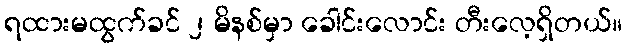
ရထားမထွက်ခင် ၂ မိနစ်မှာ ခေါင်းလောင်း တီးလေ့ရှိတယ်။